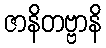
ဇာနိတဗ္ဗာနိ